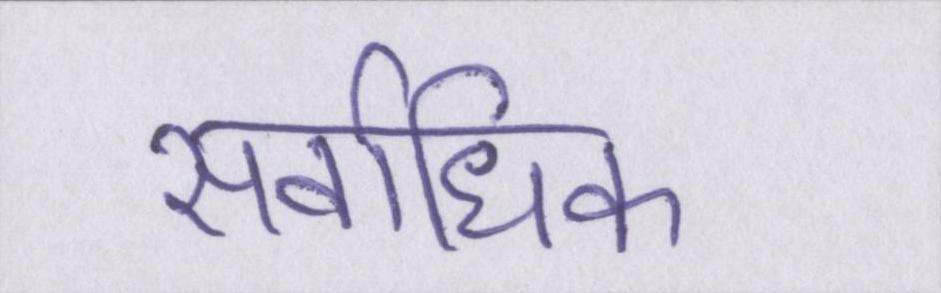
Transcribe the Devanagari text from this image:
सर्वाधिक